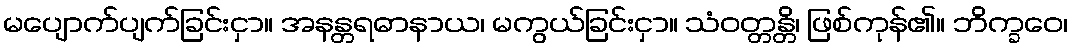
မပျောက်ပျက်ခြင်းငှာ။ အနန္တရဓာနာယ၊ မကွယ်ခြင်းငှာ။ သံဝတ္တန္တိ၊ ဖြစ်ကုန်၏။ ဘိက္ခဝေ၊